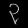
Digit: ၃